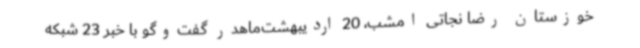
خوزستان رضا نجاتی امشب، 20 اردیبهشت‌ماهدر گفت‌وگو با خبر 23 شبکه